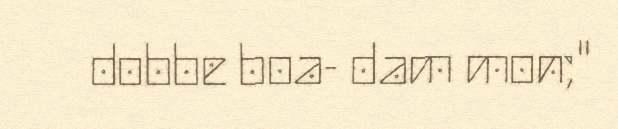
dobbe boa- dam mon;"